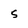
Character: 5